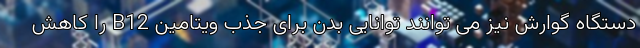
دستگاه گوارش نیز می توانند توانایی بدن برای جذب ویتامین B12 را کاهش